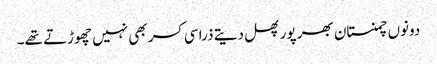
دونوں چمنستان بھر پور پھل دیتے ذرا سی کسر بھی نہیں چھوڑتے تھے۔